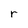
Character: r